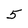
Character: 5